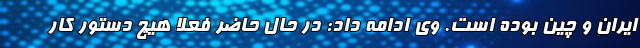
ایران و چین بوده است. وی ادامه داد: در حال حاضر فعلا هیچ دستور کار